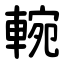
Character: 䡝